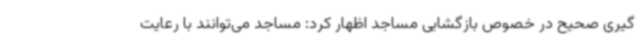
گیری صحیح در خصوص بازگشایی مساجد اظهار کرد: مساجد می‌توانند با رعایت